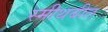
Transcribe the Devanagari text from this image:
स्मीथबील